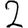
Digit: 2